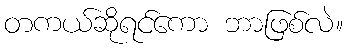
တကယ်ဆိုရင်ကော ဘာဖြစ်လဲ။